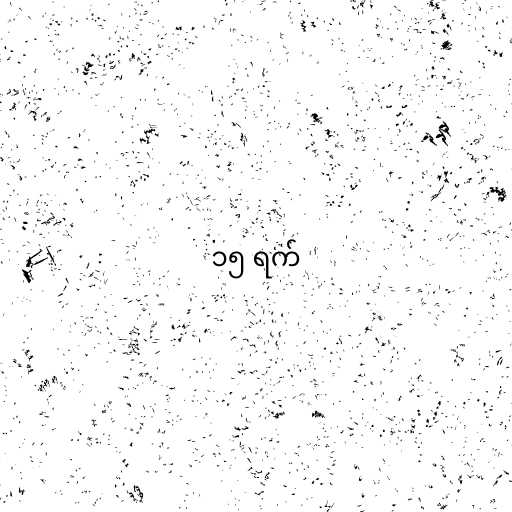
၁၅ ရက်